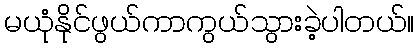
မယုံနိုင်ဖွယ်ကာကွယ်သွားခဲ့ပါတယ်။